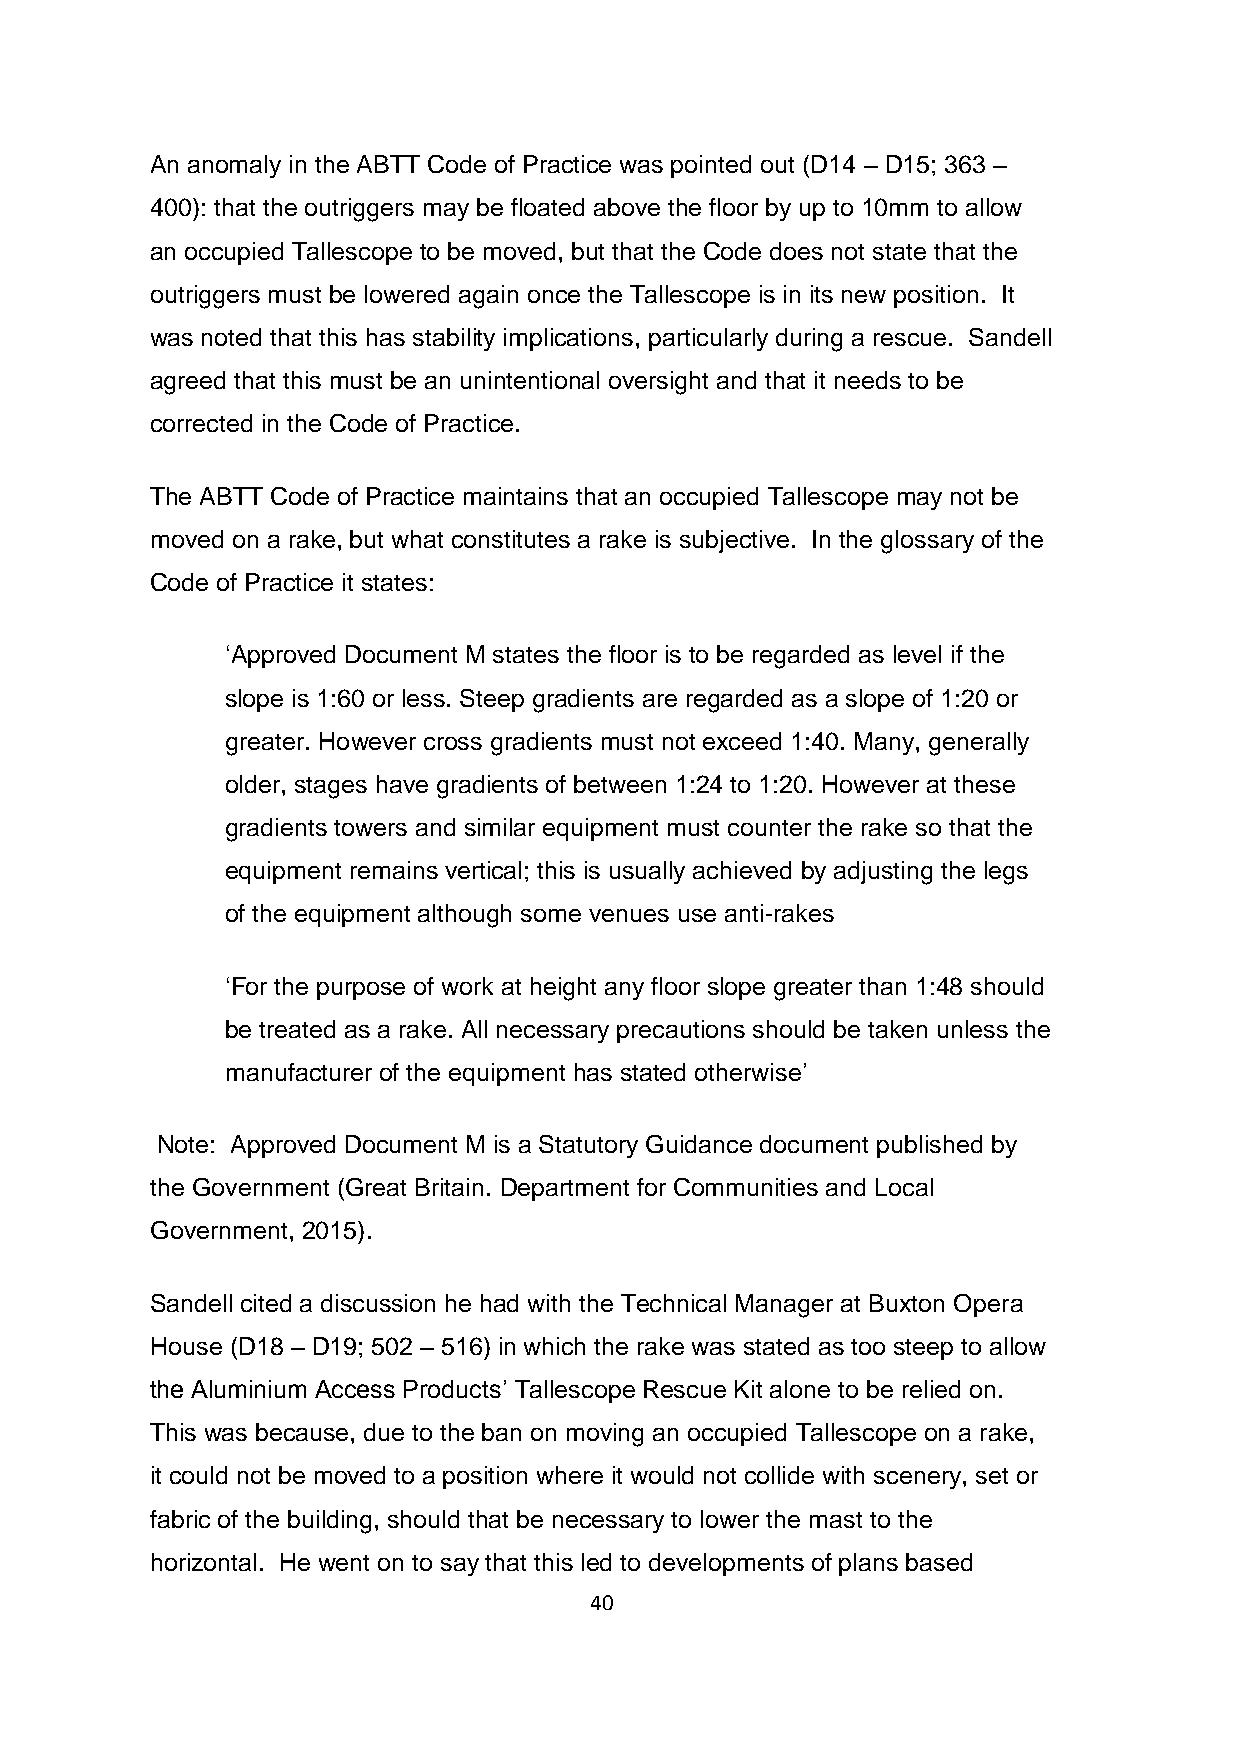
An anomaly in the ABTT Code of Practice was pointed out (D14 – D15; 363 –
 400): that the outriggers may be floated above the floor by up to 10mm to allow
 an occupied Tallescope to be moved, but that the Code does not state that the
 outriggers must be lowered again once the Tallescope is in its new position. It
 was noted that this has stability implications, particularly during a rescue. Sandell
 agreed that this must be an unintentional oversight and that it needs to be
 corrected in the Code of Practice.
 The ABTT Code of Practice maintains that an occupied Tallescope may not be
 moved on a rake, but what constitutes a rake is subjective. In the glossary of the
 Code of Practice it states:
 ‘Approved Document M states the floor is to be regarded as level if the
 slope is 1:60 or less. Steep gradients are regarded as a slope of 1:20 or
 greater. However cross gradients must not exceed 1:40. Many, generally
 older, stages have gradients of between 1:24 to 1:20. However at these
 gradients towers and similar equipment must counter the rake so that the
 equipment remains vertical; this is usually achieved by adjusting the legs
 of the equipment although some venues use anti-rakes
 ‘For the purpose of work at height any floor slope greater than 1:48 should
 be treated as a rake. All necessary precautions should be taken unless the
 manufacturer of the equipment has stated otherwise’
 Note: Approved Document M is a Statutory Guidance document published by
 the Government (Great Britain. Department for Communities and Local
 Government, 2015).
 Sandell cited a discussion he had with the Technical Manager at Buxton Opera
 House (D18 – D19; 502 – 516) in which the rake was stated as too steep to allow
 the Aluminium Access Products’ Tallescope Rescue Kit alone to be relied on.
 This was because, due to the ban on moving an occupied Tallescope on a rake,
 it could not be moved to a position where it would not collide with scenery, set or
 fabric of the building, should that be necessary to lower the mast to the
 horizontal. He went on to say that this led to developments of plans based
 40